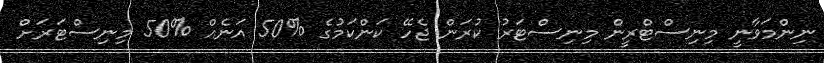
ނިންމަވާނީ މިނިސްޓްރީން މިނިސްޓަރު ކުރަން ޖެހޭ ކަންކަމުުގެ %50 އަނެއް %50 މިނިސްޓަރަށް